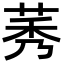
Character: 莠